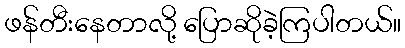
ဖန်တီးနေတာလို့ ပြောဆိုခဲ့ကြပါတယ်။